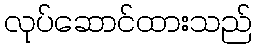
လုပ်ဆောင်ထားသည်